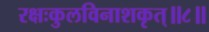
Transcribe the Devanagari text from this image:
रक्षःकुलविनाशकृत्‌॥८॥